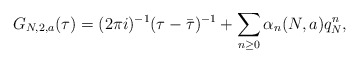
\begin{align*} G_{N,2,a}(\tau) = (2\pi i)^{-1} (\tau - \bar \tau)^{-1} + \sum_{n \geq 0} \alpha_n(N,a) q_N^{n},\end{align*}